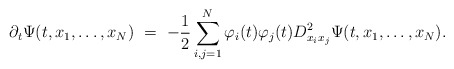
\begin{align*}\partial_t\Psi(t,x_1,\ldots,x_N) \ = \ -\frac{1}{2}\sum_{i,j=1}^N \varphi_i(t)\varphi_j(t) D_{x_ix_j}^2 \Psi(t,x_1,\ldots,x_N).\end{align*}